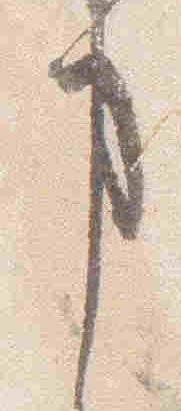
事